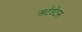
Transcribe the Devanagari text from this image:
अटेंडेंटस